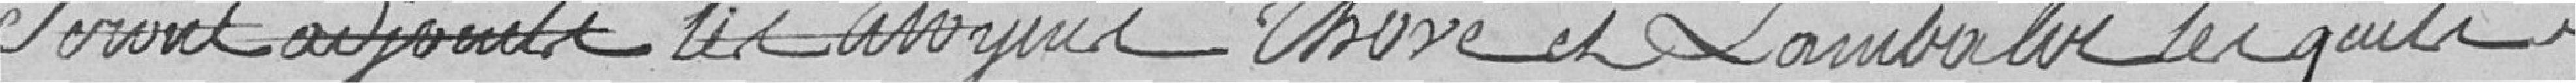
seront adjoints les citoyens Thové et Lambaler, lesquels